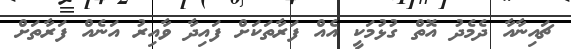
ޗައިނާއާ ދެމެދު އޮތް ގުޅުމަކީ އެއް ފަރާތަކަށް ފައިދާ ވާއިރު އަނެއް ފަރާތަށް